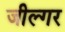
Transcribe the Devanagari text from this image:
जील्‍गर